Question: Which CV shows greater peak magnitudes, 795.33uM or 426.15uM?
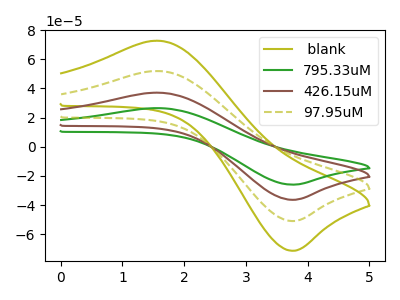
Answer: <think>The olive curve " blank" has an anodic peak at (1.55V, 111.50uA) and a cathodic peak at (3.75V, -109.30uA). The green curve "795.33uM" has an anodic peak at (1.55V, 26.55uA) and a cathodic peak at (3.75V, -26.00uA). The brown curve "426.15uM" has an anodic peak at (1.55V, 37.15uA) and a cathodic peak at (3.75V, -36.45uA). The olive dashed curve "97.95uM" has an anodic peak at (1.55V, 74.35uA) and a cathodic peak at (3.75V, -72.85uA).</think>
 <answer>Every peak in "795.33uM" is lower than every peak in "426.15uM".</answer>
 <eval>lower</eval>